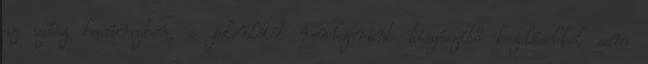
az egész hasüregben, s jelenlétét rendszerint kiegészítő kezelésekkel sem